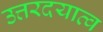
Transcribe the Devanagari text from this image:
उत्तरदयात्व